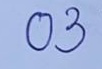
03